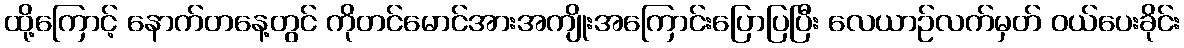
ထို့ကြောင့် နောက်တနေ့တွင် ကိုတင်မောင်အားအကျိုးအကြောင်းပြောပြပြီး လေယာဉ်လက်မှတ် ဝယ်ပေးခိုင်း